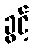
ခွင့်